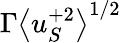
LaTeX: \Gamma\left<u_{S}^{+2}\right>^{1/2}